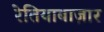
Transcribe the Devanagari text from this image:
रेतियाबाज़ार